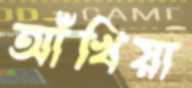
আঁখিয়া